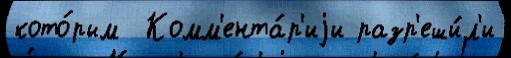
кото́рым  Комм'ента́р'иjи разр'еши́л'и